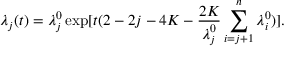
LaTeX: \lambda _ { j } ( t ) = \lambda _ { j } ^ { 0 } \exp [ t ( 2 - 2 j - 4 K - \frac { 2 K } { \lambda _ { j } ^ { 0 } } \sum _ { i = j + 1 } ^ { n } \lambda _ { i } ^ { 0 } ) ] .